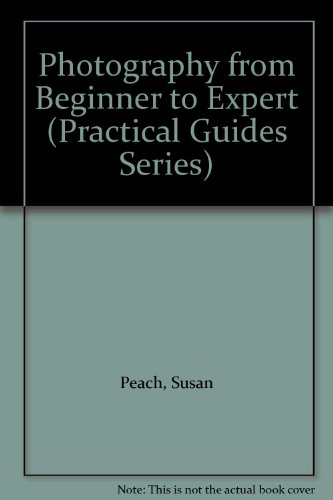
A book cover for Photography from Beginner to Expert (Practical Guides Series); Susan Peach; Teen & Young Adult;